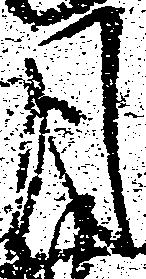
月